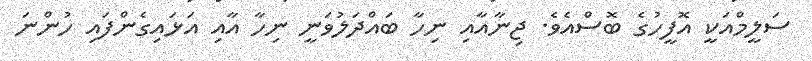
ސަލީމްއަކީ އޮފީހުގެ ބޮސްއެވެ. ޖިނާއާއި ނިހާ ބައްދަލުވަނީ ނިހާ އާއި އަޅައިގެންފައި ހުންނަ